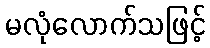
မလုံလောက်သဖြင့်